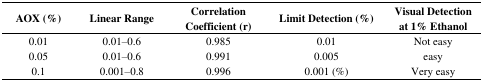
<table><thead><tr><td><b>AOX (%)</b></td><td><b>Linear Range</b></td><td><b>CorrelationCoefficient (r)</b></td><td><b>Limit Detection (%)</b></td><td><b>Visual Detectionat 1% Ethanol</b></td></tr></thead><tbody><tr><td>0.01</td><td>0.01–0.6</td><td>0.985</td><td>0.01</td><td>Not easy</td></tr><tr><td>0.05</td><td>0.01–0.6</td><td>0.991</td><td>0.005</td><td>easy</td></tr><tr><td>0.1</td><td>0.001–0.8</td><td>0.996</td><td>0.001 (%)</td><td>Very easy</td></tr></tbody></table>